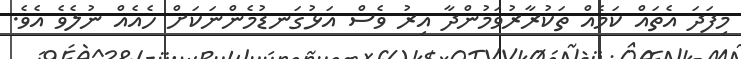
މިފަދަ އެތައް ކަމެއް ތަކުރާރުވަމުންދާ އިރު ވެސް އަޅުގަނޑުމެންނަކަށް ހެއެއް ނުލެވެ އެވެ.